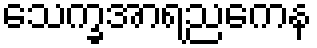
သေက္ခအာရညကေန